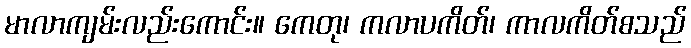
မာလာကျမ်းလည်းကောင်း။ ကေတု၊ ကလာပကိတ်၊ ကာလကိတ်စသည်